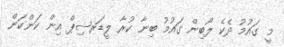
މީ ގައުމު ދެކެ ލޯބިން ގައުމު ބިނާ ކުރާ ލީޑަރޝިޕް އިން ކަންކަން